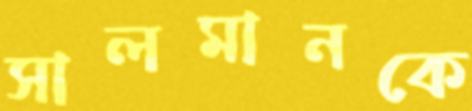
সালমানকে